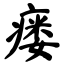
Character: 瘘